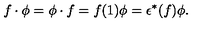
f \cdot \phi = \phi \cdot f = f ( 1 ) \phi = \epsilon ^ { * } ( f ) \phi .